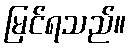
မြင်ရသည်။